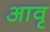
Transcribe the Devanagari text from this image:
आवृ